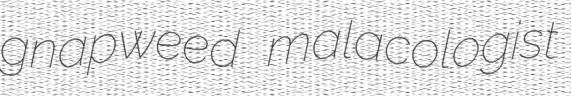
gnapweed malacologist